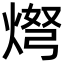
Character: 𬊨